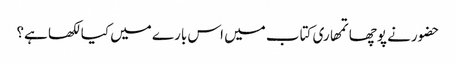
حضورنے پوچھا تمھاری کتاب میں اس بارے میں کیا لکھا ہے؟